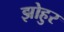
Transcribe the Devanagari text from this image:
झोहुर